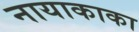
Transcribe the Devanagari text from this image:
नायाकाका